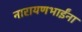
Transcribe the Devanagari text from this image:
नारायणभाईंना